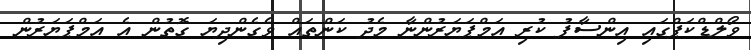
ވޯލްޑްކަޕްގައި އިންސާފު ކުރި އަމްޕަޔަރުންނާ މެދު ކަންތައް ވެގެންދިޔަ ގޮތުން އެ އަމްޕަޔަރުން